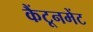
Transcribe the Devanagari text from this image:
कैंटूनमेंट